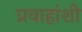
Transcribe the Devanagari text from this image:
प्रवाहांशी